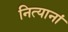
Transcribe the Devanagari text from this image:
नित्यानां